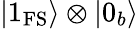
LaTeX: |1_{\mathrm{FS}}\rangle\otimes|0_{b}\rangle